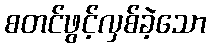
စတင်ဖွင့်လှစ်ခဲ့သော